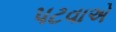
પટવાએ